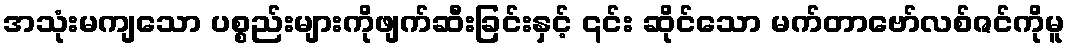
အသုံးမကျသော ပစ္စည်းများကိုဖျက်ဆီးခြင်းနှင့် ၎င်း ဆိုင်သော မက်တာဗော်လစ်ဇင်ကိုမူ